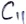
Text: C11